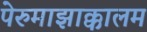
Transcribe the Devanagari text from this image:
पेरुमाझाक्कालम